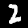
Digit: 2